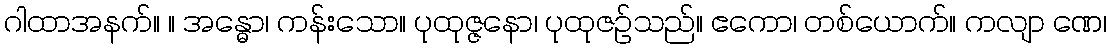
ဂါထာအနက်။ ။ အန္ဓော၊ ကန်းသော။ ပုထုဇ္ဇနော၊ ပုထုဇဉ်သည်။ ဧကော၊ တစ်ယောက်။ ကလျာ ဏေ၊